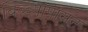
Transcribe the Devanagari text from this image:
बिब्ब्यापासून